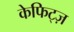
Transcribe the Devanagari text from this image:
केफिट्ज़